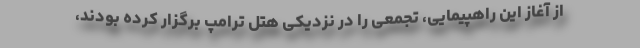
از آغاز این راهپیمایی، تجمعی را در نزدیکی هتل ترامپ برگزار کرده بودند،